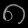
Digit: ၈